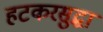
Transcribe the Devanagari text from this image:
हटकरसुद्धा